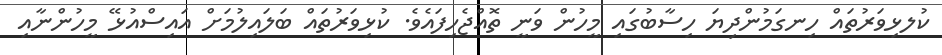
ކުލޅިވަރުތައް ހިނގަމުންދިޔަ ހިސާބުގައި މީހުން ވަނީ ތޮއްޖެހިފައެވެ. ކުޅިވަރުތައް ބަލައިލުމަށް އައިސްއުޅޭ މީހުންނާއި